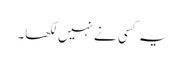
یہ کسی نے نہیں لکھا۔